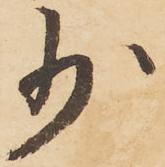
少